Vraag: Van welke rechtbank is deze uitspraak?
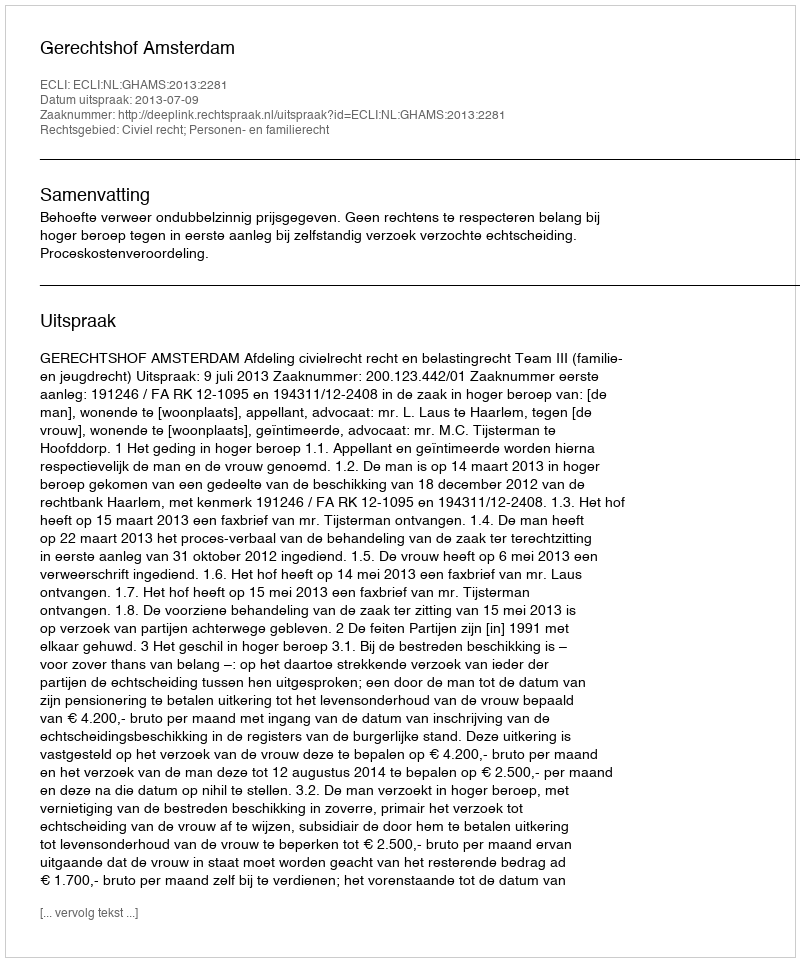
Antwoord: Gerechtshof Amsterdam